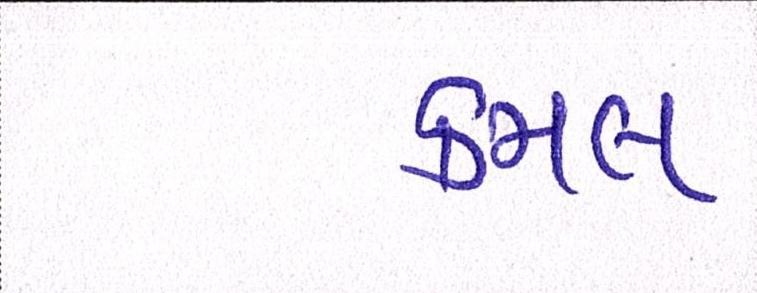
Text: કમલ